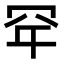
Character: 𮉾